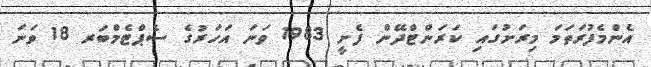
އެންމެފުރަތަމަ މިރަށުގައި ކަރަންޓްދޭން ފެށީ 1983 ވަނަ އަހަރުގެ ސެޕްޓެމްބަރ 18 ވަނަ